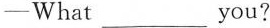
-What ___you?